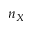
n _ { X }